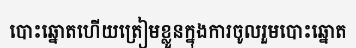
បោះឆ្នោតហើយត្រៀមខ្លួនក្នុងការចូលរួមបោះឆ្នោត